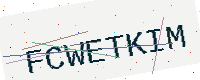
Text: FCWETKIM